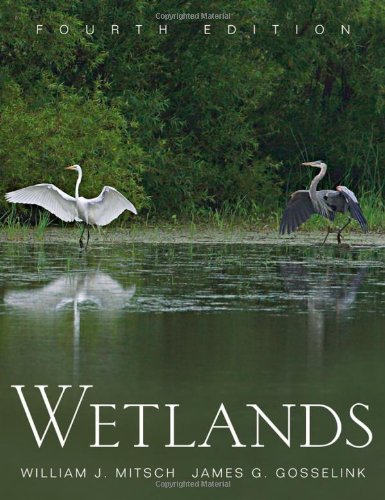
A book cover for Wetlands; William J. Mitsch; Science & Math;